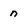
Character: n